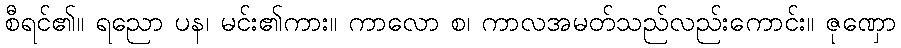
စီရင်၏။ ရညော ပန၊ မင်း၏ကား။ ကာလော စ၊ ကာလအမတ်သည်လည်းကောင်း။ ဇုဏှော